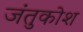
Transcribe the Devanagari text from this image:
जंतुकोश